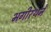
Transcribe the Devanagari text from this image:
भगीरथने